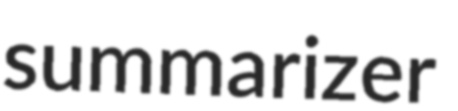
summarizer